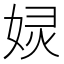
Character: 𱙙